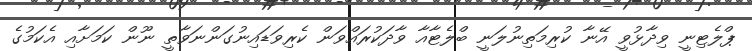
ޕްލެޓިނީ ވިދާޅުވީ އޭނާ ކުރިމަތިނުލަނީ ބްލެޓާއާ ވާދަކުރައްވަން ކެރިވަޑައިނުގަންނަވާތީ ނޫން ކަމަށާއި އެކަމުގެ